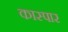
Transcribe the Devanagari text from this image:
कास्पार